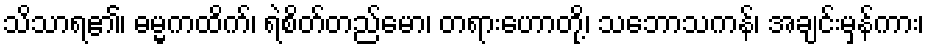
သိသာရ၏၊ ဓမ္မကထိက်၊ ရဲစိတ်တည်မော၊ တရားဟောတို့၊ သဘောသကန်၊ အချင်းမှန်ကား၊